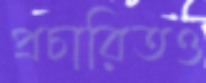
প্রচারিতও